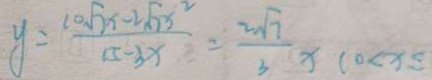
y = \frac { 1 0 \sqrt { 7 } x - 2 \sqrt { 7 x } ^ { 2 } } { 1 5 - 3 x } = \frac { 2 \sqrt { 7 } } { 3 } x ( 0 < x \leq